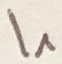
Text: I1